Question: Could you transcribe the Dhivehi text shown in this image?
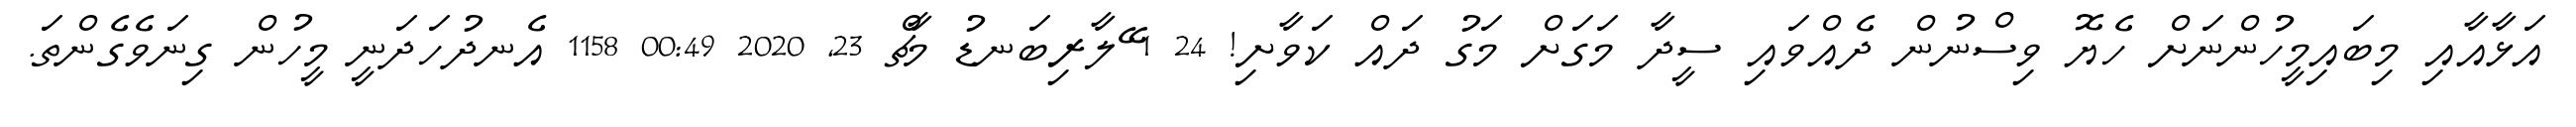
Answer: އަޅާއާއި މިބައިމީހުންނަށް ހެޔޮ ވިސްނުން ދެއްވައި ސީދާ މަގަށް މަގު ދައް ކަވާށި! 24 1 ޭލާރިބަނޑު މާޗް 23, 2020 00:49 1158 އެނދުހަދަނީ މީހުން ގިނަވެގެންތަ.